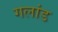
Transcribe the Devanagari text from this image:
गलांड